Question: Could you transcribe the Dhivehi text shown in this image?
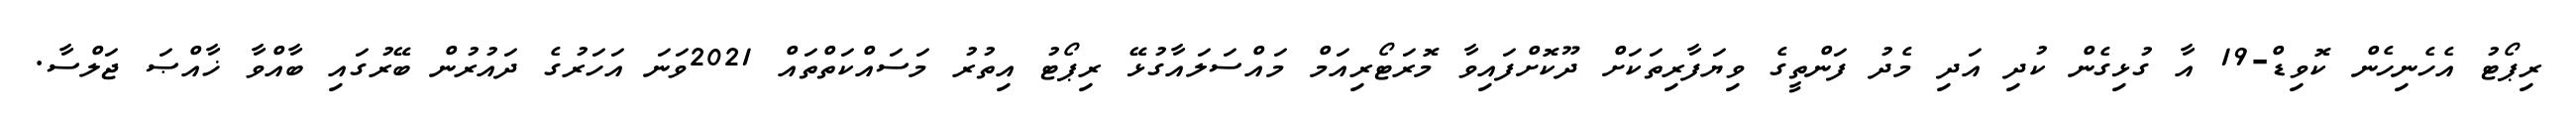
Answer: ރިޕޯޓު އެހެނިހެން ކޮވިޑް-19 އާ ގުޅިގެން ކުދި އަދި މެދު ފަންތީގެ ވިޔަފާރިތަކަށް ދޫކޮށްފައިވާ މޮރަޓޯރިއަމް މައްސަލައާގުޅޭ ރިޕޯޓު އިތުރު މަސައްކަތްތައް 2021ވަނަ އަހަރުގެ ދައުރުން ބޭރުގައި ބާއްވާ ޚާއްޞަ ޖަލްސާ.